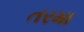
તરમા